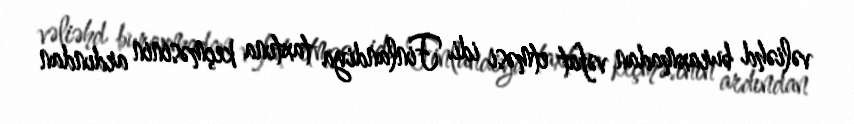
vəliəhd buraxmadan vəfat etməsi idi. Finlandiya taxtına keçməsinin ardından